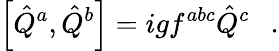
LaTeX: \left[\hat{Q}^{a},\hat{Q}^{b}\right]=igf^{abc}\hat{Q}^{c}\ \ \ .